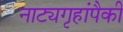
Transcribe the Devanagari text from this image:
नाट्यगृहांपैकी